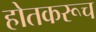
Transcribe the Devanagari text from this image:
होतकरूच